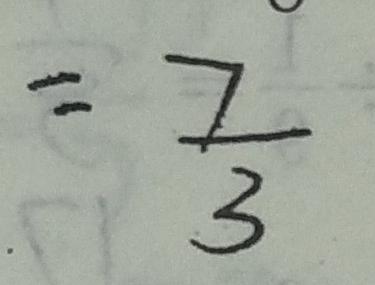
= \frac { 7 } { 3 }